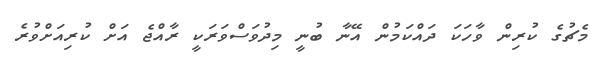
މެޗުގެ ކުރިން ވާހަކަ ދައްކަމުން އޭނާ ބުނީ މިދުވަސްވަރަކީ ރާއްޖެ އަށް ކުރިއަށްވުރެ